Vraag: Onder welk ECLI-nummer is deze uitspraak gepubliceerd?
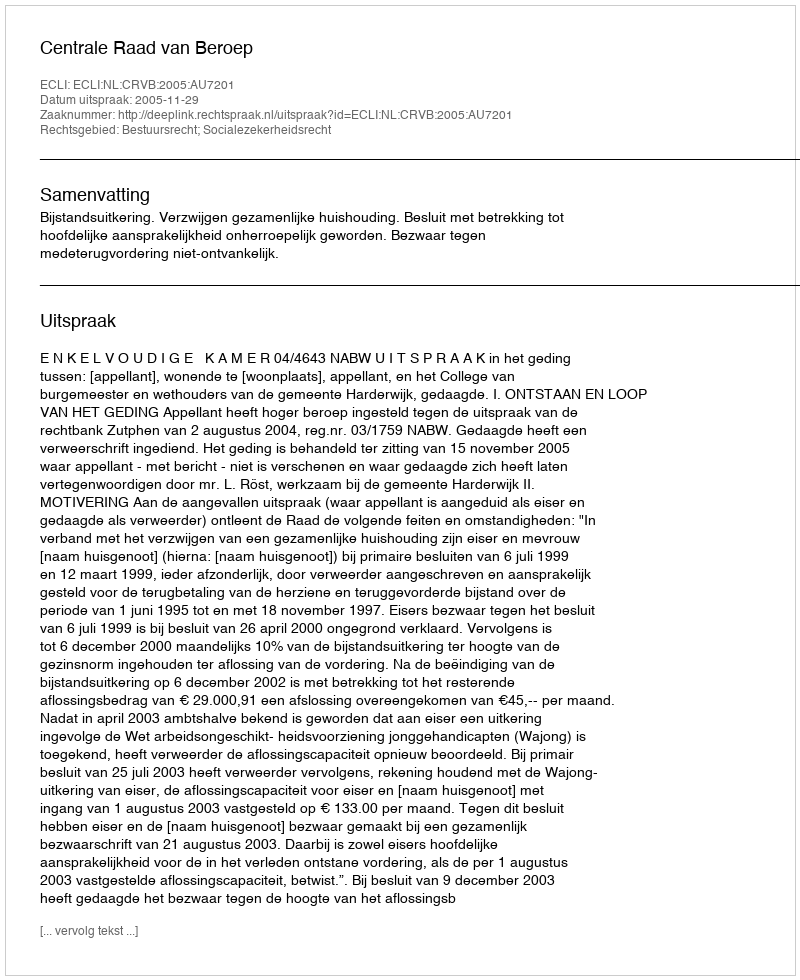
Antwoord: ECLI:NL:CRVB:2005:AU7201